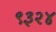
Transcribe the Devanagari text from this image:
९३२४